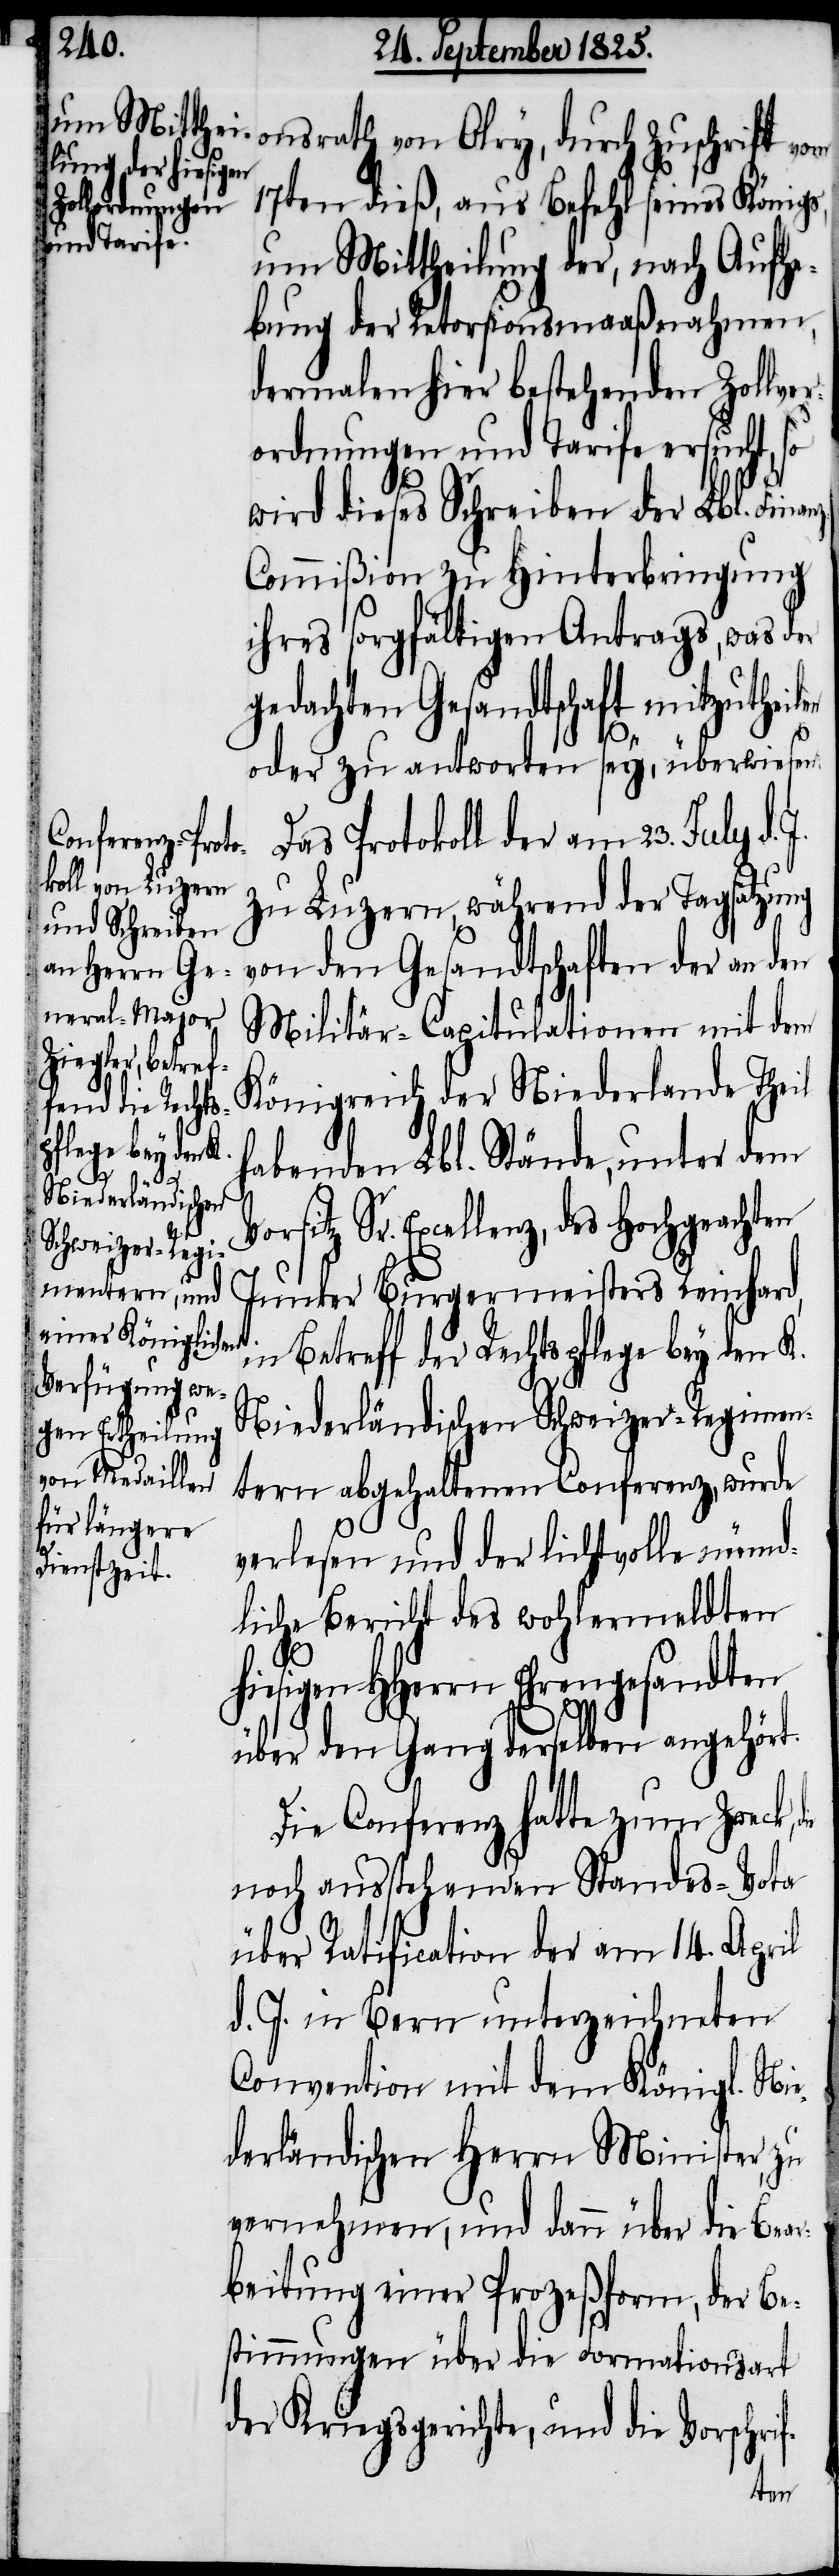
onsrath von Olry, durch Zuschrift vom
17ten dieß, aus Befehl seines Königs,
um Mittheilung der, nach Aufhe¬
bung der Retorsionsmaaßnahmen,
dermalen hier bestehenden Zollver¬
ordnungen und Tarife ersucht, so
wird dieses Schreiben der Lbl. Finan¬
ommißion zu Hinterbringung
ihres sorgfältigen Antrags, was der
gedachten Gesandtschaft mitzutheilen
z-C¬
oder zu antworten sey, überwiesen.
Protokoll der am 23. July d.
zu Luzern, während der Tagsatzung
von den Gesandtschaften der an den
Militär-Capitulationen mit dem
Königreich der Niederlande Theil
habenden Lbl. Stände, unter dem
Sr. Excellenz, des Hochgeachten
Junker Burgermeisters Reinhard,
Betreff der Rechtspflege bey den K.
Niederländischen Schweizer-Regimen¬
tern abgehaltene Conferenz, wurde
verlesen und der lichtvolle münd¬
liche Bericht des wohlermeldten
hiesigen HHerrn Ehrengesandten
über den Gang derselben angehört.
Die Conferenz hatte zum Zweck,
noch ausstehenden Standes-Vota
über Ratification der am 14. April
d. J. in Bern unterzeichneten
Convention mit dem Königl. Nie¬
derländischen Herrn Minister, zu
vernehmen, und dann über die Bear¬
beitung einer Prozeßform, der Be¬
stimmungen über die Formationsart
der Kriegsgerichte, und die Vorschrif-